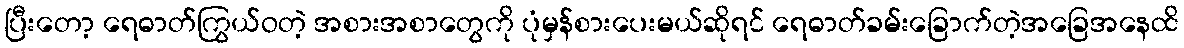
ပြီးတော့ ရေဓာတ်ကြွယ်ဝတဲ့ အစားအစာတွေကို ပုံမှန်စားပေးမယ်ဆိုရင် ရေဓာတ်ခမ်းခြောက်တဲ့အခြေအနေထိ